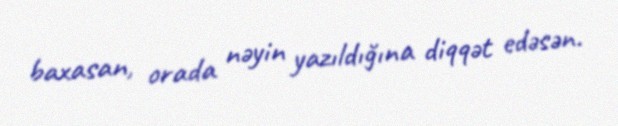
baxasan, orada nəyin yazıldığına diqqət edəsən.